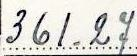
361.27